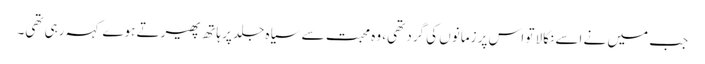
جب میں نے اسے نکالا تو اس پر زمانوں کی گرد تھی، وہ محبت سے سیاہ جلد پر ہاتھ پھیرتے ہوے کہہ رہی تھی۔